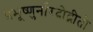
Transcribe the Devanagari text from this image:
प्रभूष्णुर्नारदोद्गीतो